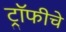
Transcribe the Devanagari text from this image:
ट्रॉफीचे